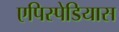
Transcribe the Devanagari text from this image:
एपिस्पेडियास